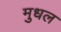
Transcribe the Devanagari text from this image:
मुधल